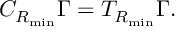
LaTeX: C _ { R _ { \mathrm { m i n } } } \Gamma = T _ { R _ { \mathrm { m i n } } } \Gamma .